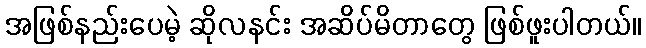
အဖြစ်နည်းပေမဲ့ ဆိုလနင်း အဆိပ်မိတာတွေ ဖြစ်ဖူးပါတယ်။